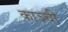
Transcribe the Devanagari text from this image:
काञ्ची